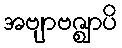
အဗျာဗဇ္ဈာပိ